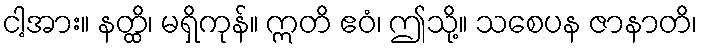
ငါ့အား။ နတ္ထိ၊ မရှိကုန်။ ဣတိ ဧဝံ၊ ဤသို့။ သစေပန ဇာနာတိ၊